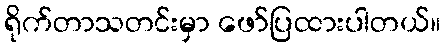
ရိုက်တာသတင်းမှာ ဖော်ပြထားပါတယ်။